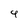
Character: 9